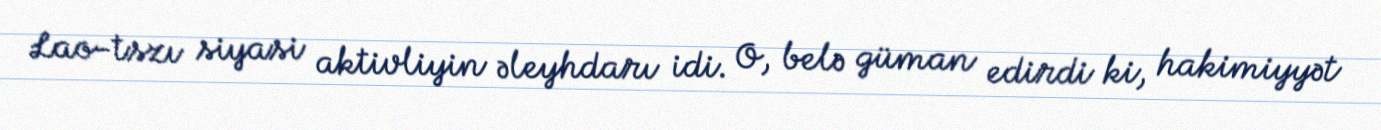
Lao-tszı siyasi aktivliyin əleyhdarı idi. O, belə güman edirdi ki, hakimiyyət